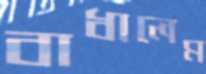
বাধালেম